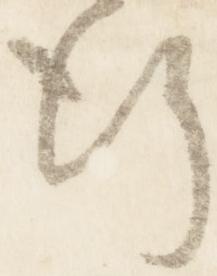
行